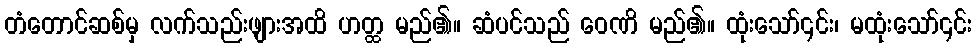
တံတောင်ဆစ်မှ လက်သည်းဖျားအထိ ဟတ္ထ မည်၏။ ဆံပင်သည် ဝေဏိ မည်၏။ ထုံးသော်၎င်း၊ မထုံးသော်၎င်း